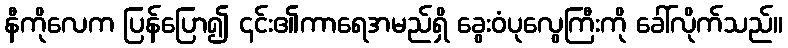
နီကိုလေက ပြန်ပြော၍ ၎င်း၏ကာရေအမည်ရှိ ခွေးဝံပုလွေကြီးကို ခေါ်လိုက်သည်။